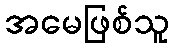
အမေဖြစ်သူ